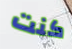
كنت